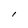
Character: l